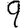
Digit: 9